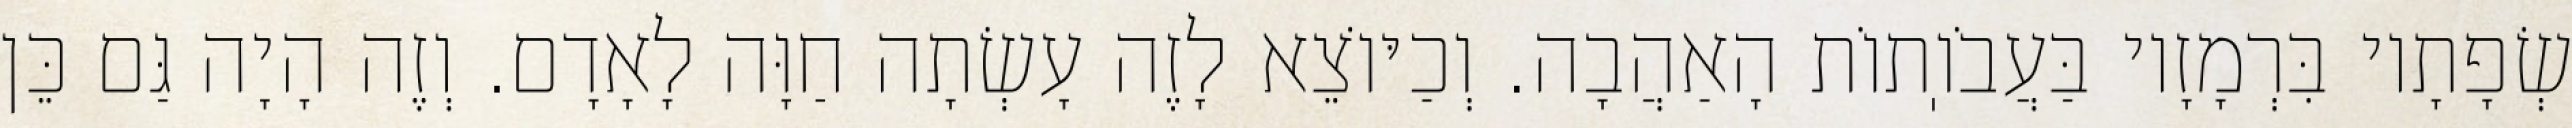
שְׂפָתָיו בִּרְמָזָיו בַּעֲבֹוֽתוֹת הָאַהֲבָה. וְכַיּוֹצֵא לָזֶה עָשְׂתָה חַוָּה לָאָדָם. וְזֶה הָיָה גַּם כֵּן